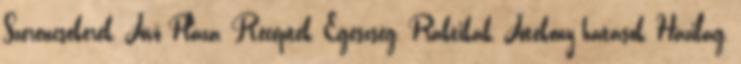
Szerencsekerék, Jövő Pláza, Receptek, Egészség, Praktikák, Jótékony hatások, Házilag,